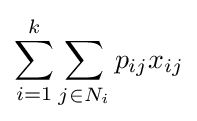
\sum _{i=1}^{k}\sum _{j\in N_{i}}p_{ij}x_{ij}